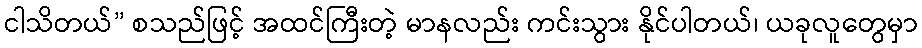
ငါသိတယ်” စသည်ဖြင့် အထင်ကြီးတဲ့ မာနလည်း ကင်းသွား နိုင်ပါတယ်၊ ယခုလူတွေမှာ